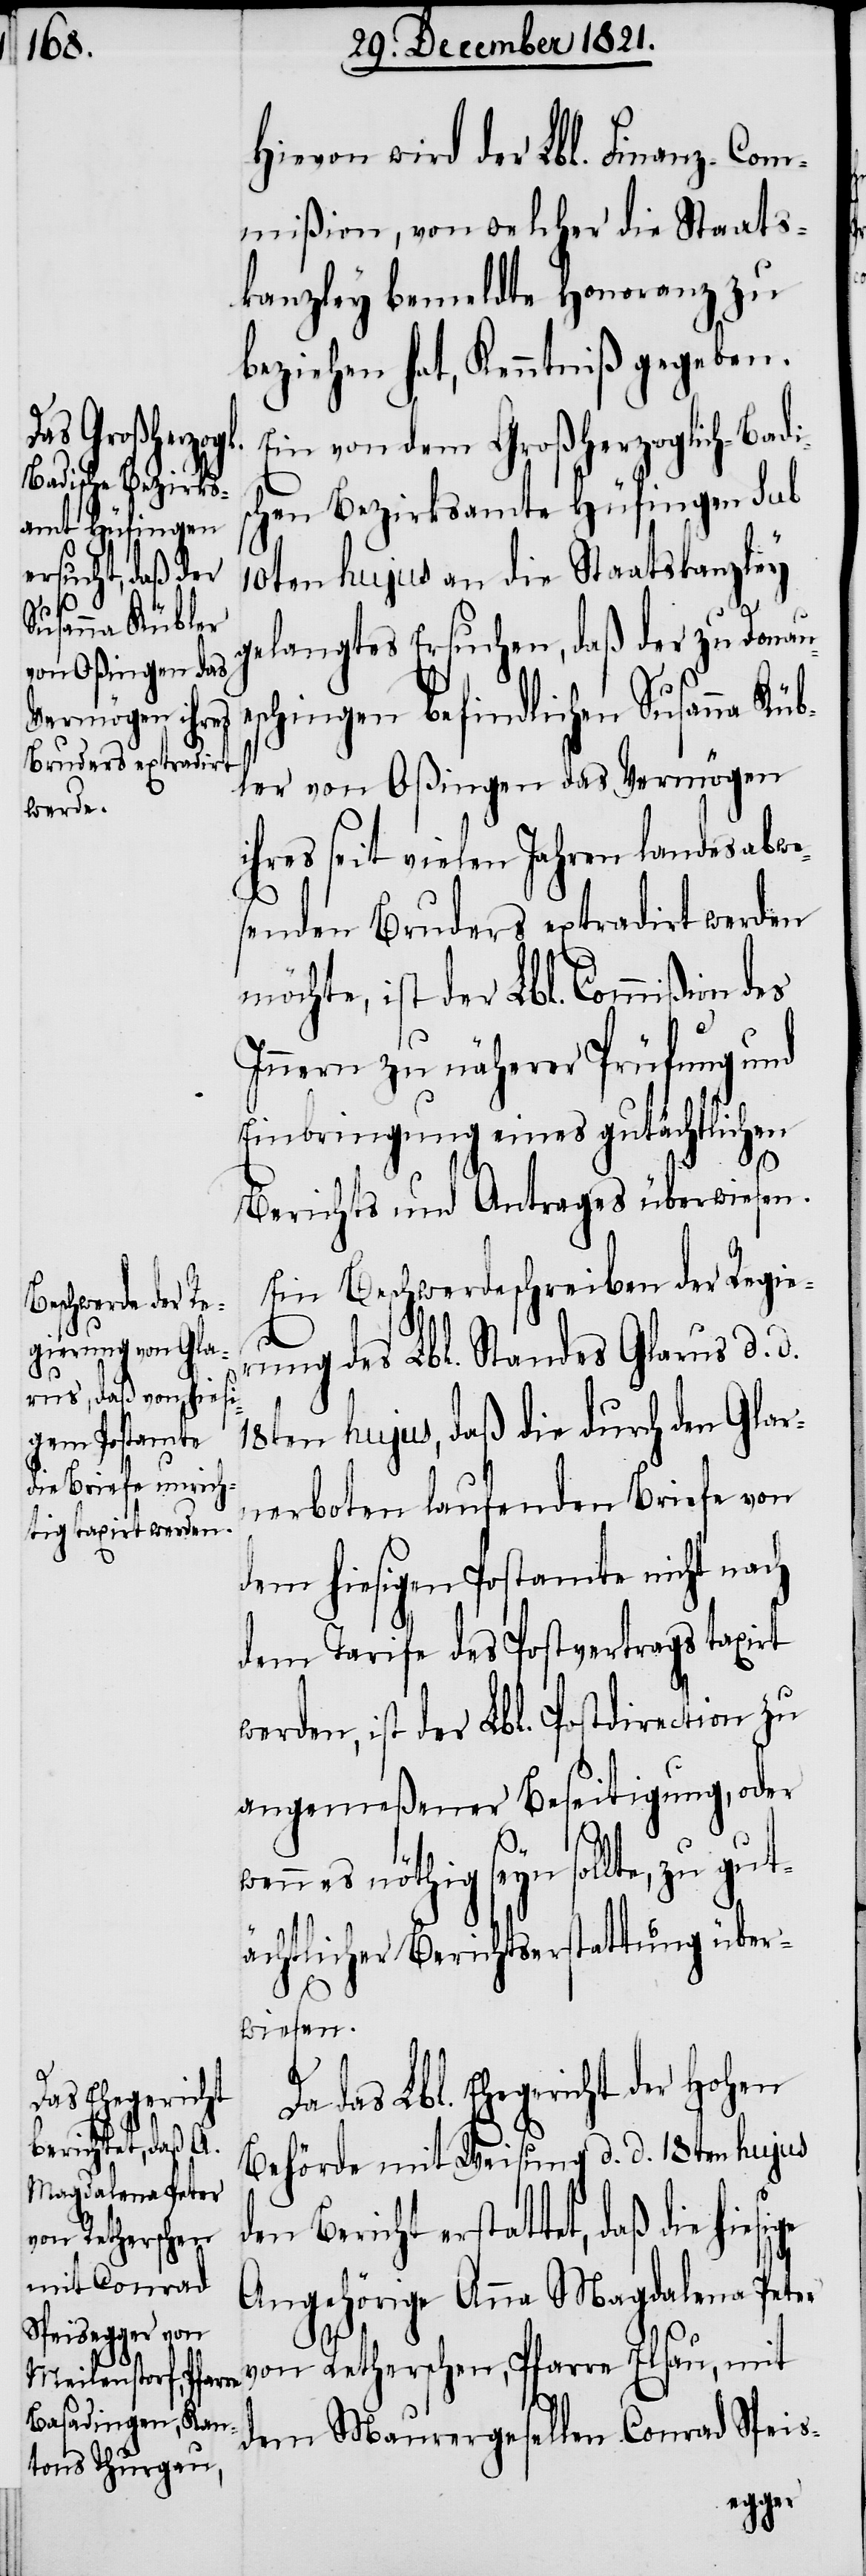
Hievon wird der Lbl. Finanz-Com¬
mißion, von welcher die Staats¬
kanzley bemeldte Honoranz zu
beziehen hat, Kenntniß gegeben.
Ein von dem Großherzoglich-Badi¬
chen Bezirksamte Hüfingen sub
10ten hujus an die Staatskanzley
elangtes Ersuchen, daß der zu Donaue¬
schingen befindlichen Susanna Küb¬
ler von Oßingen das Vermögen
ihres seit vielen Jahren landesabwe¬
senden Bruders extradirt werden
möchte, ist der Lbl. Commißion des
Innern zu näherer Prüfung und
Einbringung eines gutächtlichen
Berichts und Antrages überwiesen.
Ein Beschwerdeschreiben der Regie¬
rung des Lbl. Standes Glarus d. d.
18ten hujus, daß die durch den Glar¬
nerboten laufenden Briefe von
dem hiesigen Postamte nicht nach
dem Tarife des Postvertrags taxirt
werden, ist der Lbl. Postdirection zu
angemeßener Beseitigung, oder
es nöthig seyn sollte, zu gut¬
ächtlicher Berichtserstattung über¬
wiesen.
g¬
Da das Lbl. Ehegericht der Hohen
Behörde mit Weisung d. d. 18ten hujus
den Bericht erstattet, daß die
Angehörige Anna Magdalena Peter
von Retherschen, Pfarre Elsau, mit
dem Maurergesellen Conrad Speis-